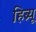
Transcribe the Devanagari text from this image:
हिब्र्यू